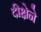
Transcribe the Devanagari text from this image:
दीक्षेने